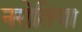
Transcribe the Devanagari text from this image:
नरोतिया